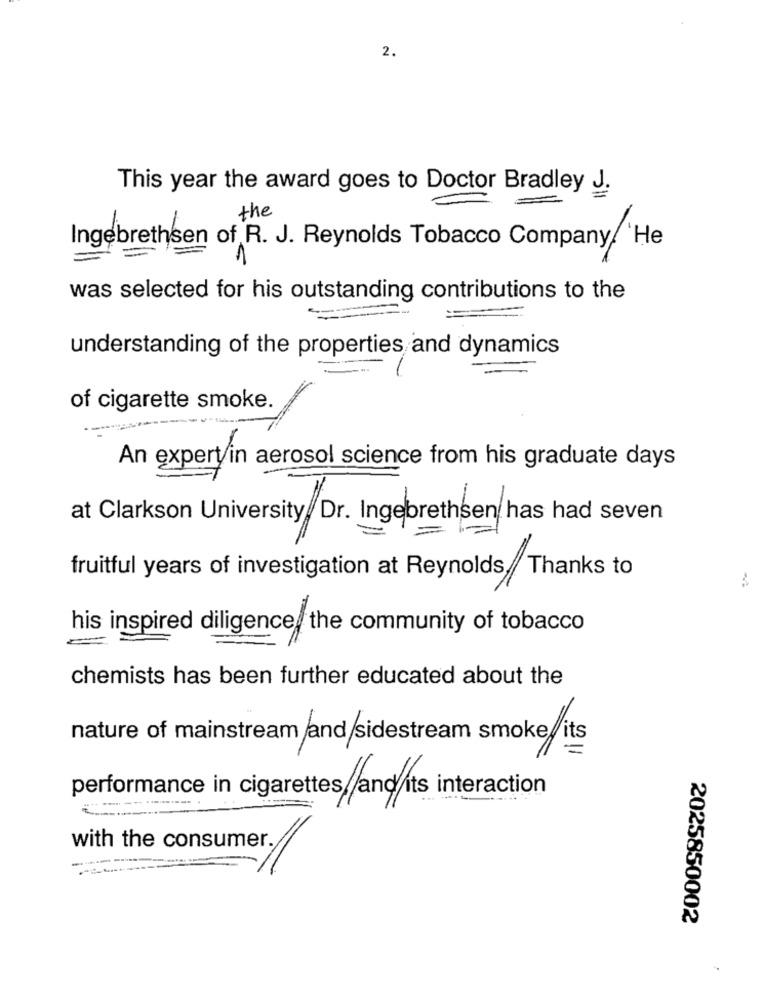
2.
This year the award goes to Doctor Bradley J.
=
the
Ingebrethsen of R. J. Reynolds Tobacco Company, 'He
1
was selected for his outstanding contributions to the
==
understanding of the properties and dynamics
of cigarette smoke.
An expert in aerosol science from his graduate days
at Clarkson University. Dr. Ingebrethsen has had seven
fruitful years of investigation at Reynolds, Thanks to
his inspired diligence, the community of tobacco
chemists has been further educated about the
nature of mainstream and sidestream smoke,its
performance in cigarettes and its interaction
--------
with the consumer.
2025850002